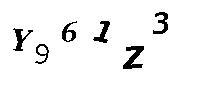
Y961Z3